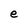
Character: e